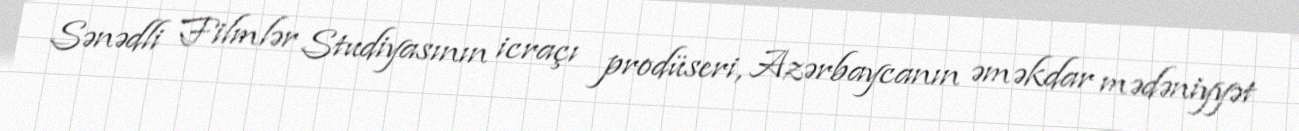
Sənədli Filmlər Studiyasının icraçı prodüseri, Azərbaycanın əməkdar mədəniyyət